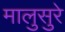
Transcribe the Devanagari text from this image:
मालुसुरे